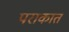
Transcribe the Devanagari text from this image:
पराकात